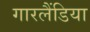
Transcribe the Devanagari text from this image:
गारलैंडिया